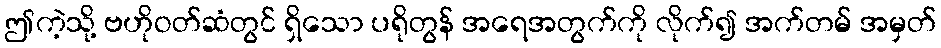
ဤကဲ့သို့ ဗဟိုဝတ်ဆံတွင် ရှိသော ပရိုတွန် အရေအတွက်ကို လိုက်၍ အက်တမ် အမှတ်